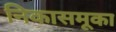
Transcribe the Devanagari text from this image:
निकासमूका